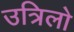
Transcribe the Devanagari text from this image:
उत्रिलो